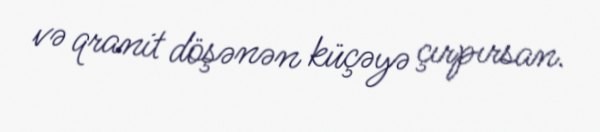
və qranit döşənən küçəyə çırpırsan.